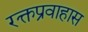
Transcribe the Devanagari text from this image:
रक्तप्रवाहास